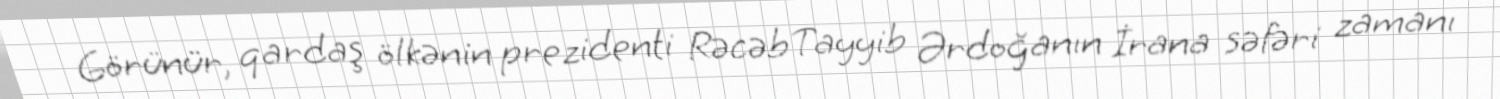
Görünür, qardaş ölkənin prezidenti Rəcəb Tayyib Ərdoğanın İrana səfəri zamanı